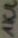
Text: 1KΩ